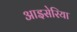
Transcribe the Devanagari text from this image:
आइसेरिया